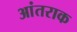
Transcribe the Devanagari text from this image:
आंतराक